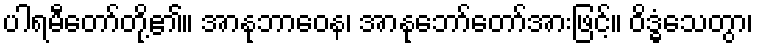
ပါရမီတော်တို့၏။ အာနုဘာဝေန၊ အာနုဘော်တော်အားဖြင့်။ ဝိဒ္ဓံသေတွာ၊